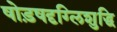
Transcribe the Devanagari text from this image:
षोड़षदृग्लिशुद्धि